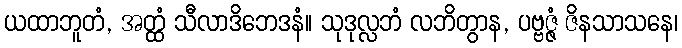
ယထာဘူတံ, အတ္ထံ သီလာဒိဘေဒနံ။ သုဒုလ္လဘံ လဘိတွာန, ပဗ္ဗဇ္ဇံ ဇိနသာသနေ၊